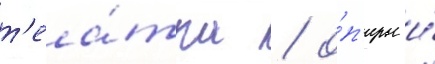
т'еа́тра / о́п'еры и́